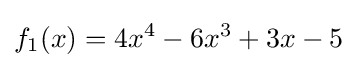
f_{1}(x)=4x^{4}-6x^{3}+3x-5